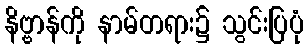
နိဗ္ဗာန်ကို နာမ်တရား၌ သွင်းပြပုံ